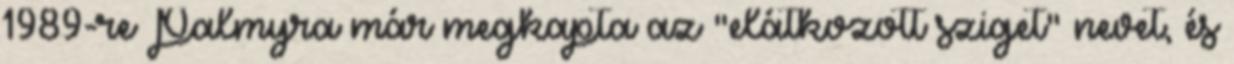
1989-re Palmyra már megkapta az "elátkozott sziget" nevet, és